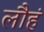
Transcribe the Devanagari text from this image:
लौहं